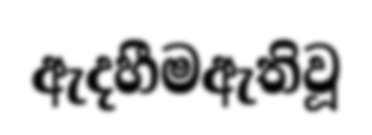
ඇදහීමඇතිවූ